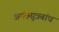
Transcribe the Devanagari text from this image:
अनंतसूत्रबांध